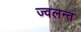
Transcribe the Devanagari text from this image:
ज्‍वलन्‍त